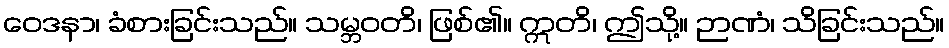
ဝေဒနာ၊ ခံစားခြင်းသည်။ သမ္ဘဝတိ၊ ဖြစ်၏။ ဣတိ၊ ဤသို့။ ဉာဏံ၊ သိခြင်းသည်။